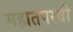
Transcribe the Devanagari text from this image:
महातपस्वी